Indian journal of veterinary science and animal husbandry - Volume 4,
Year: 1934
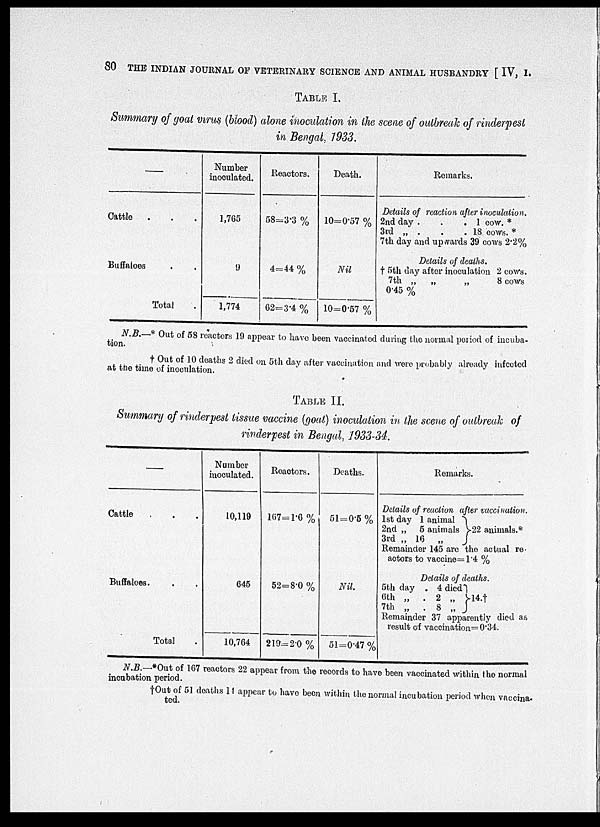
80 THE INDIAN JOURNAL OF VETERINARY SCIENCE AND ANIMAL HUSBANDRY [ IV, I,
TABLE I.
Summary of goat virus (blood) alone inoculation in the scene of outbreak of rinderpest
in Bengal, 1933.
—
Cattle . . .
Buffaloes . .
Total
Number
Inoculated.
1,765
9
1,774
Reactors.
58=3.3 %
4=44 %
62=3.4 %
Death.
10=0.57 %
Nil
10=0.57 %
Remarks.
Details of reaction after inoculation.
2nd day .
.
.1 cow. .
3rd „ .
.
. 18 cows. .
7th day and upwards 39 cows 2.2%
Details of deaths.
† 5th day after inoculation 2 cows,
7th „ „
„
8 cows
0.45 %
N.B— *Out of 58 reactors 19 appear to have been vaccinated during the normal period of incuba¬
tion.
† Out of 10 deaths 2 died on 5th day after vaccination and were probably already infected
at the time of inoculation.
TABLE II.
Summary of rinderpest tissue vaccine (goat) inoculation in the scene of outbreak of
rinderpest in Bengal, 1933-34.
—
Cattle . . .
Buffaloes. . .
Total .
Number
inoculated.
10,119
645
10,764
Reactors.
167=1.6%
52=8.0 %
219=2.0 %
Deaths.
51=0.5 %
Nil.
51=0.47 %
Remarks.
Details of reaction after vaccination.
1st day 1 animal
2nd „ 5 animals
3rd „ 16 „
22 animals.*
Remainder 145 are the actual re
actors to vaccine=1.4 %
Details of deaths.
5th day . 4 died
6th „ . 2 „
7th. „ . 8 „
14.†
Remainder 37 apparently died as
result of vaccination=0.34.
N.B.—* Out of 167 reactors 22 appear from the records to have been vaccinated within the normal
incubation period.
† Out of 51 deaths 14 appear to have been within the normal incubation period when vaccina-
ted.